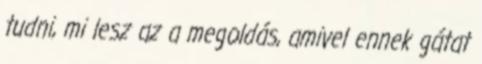
tudni, mi lesz az a megoldás, amivel ennek gátat